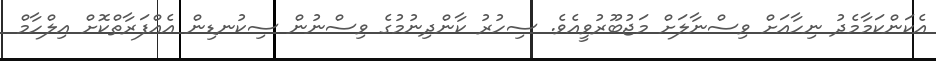
އެކަންކަމާމެދު ނިހާއަށް ވިސްނާލަށް މަޖުބޫރުވީއެވެ. ސިހުރު ކާންދިނުމުގެ ވިސްނުން ސިކުނޑިން އެއްފަރާތްކޮށް އިލްހާމް